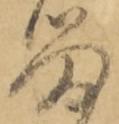
留